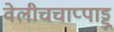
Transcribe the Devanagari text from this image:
वेलीचचाप्पाड्डू